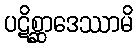
ပဋိစ္ဆာဒေဿာမိ